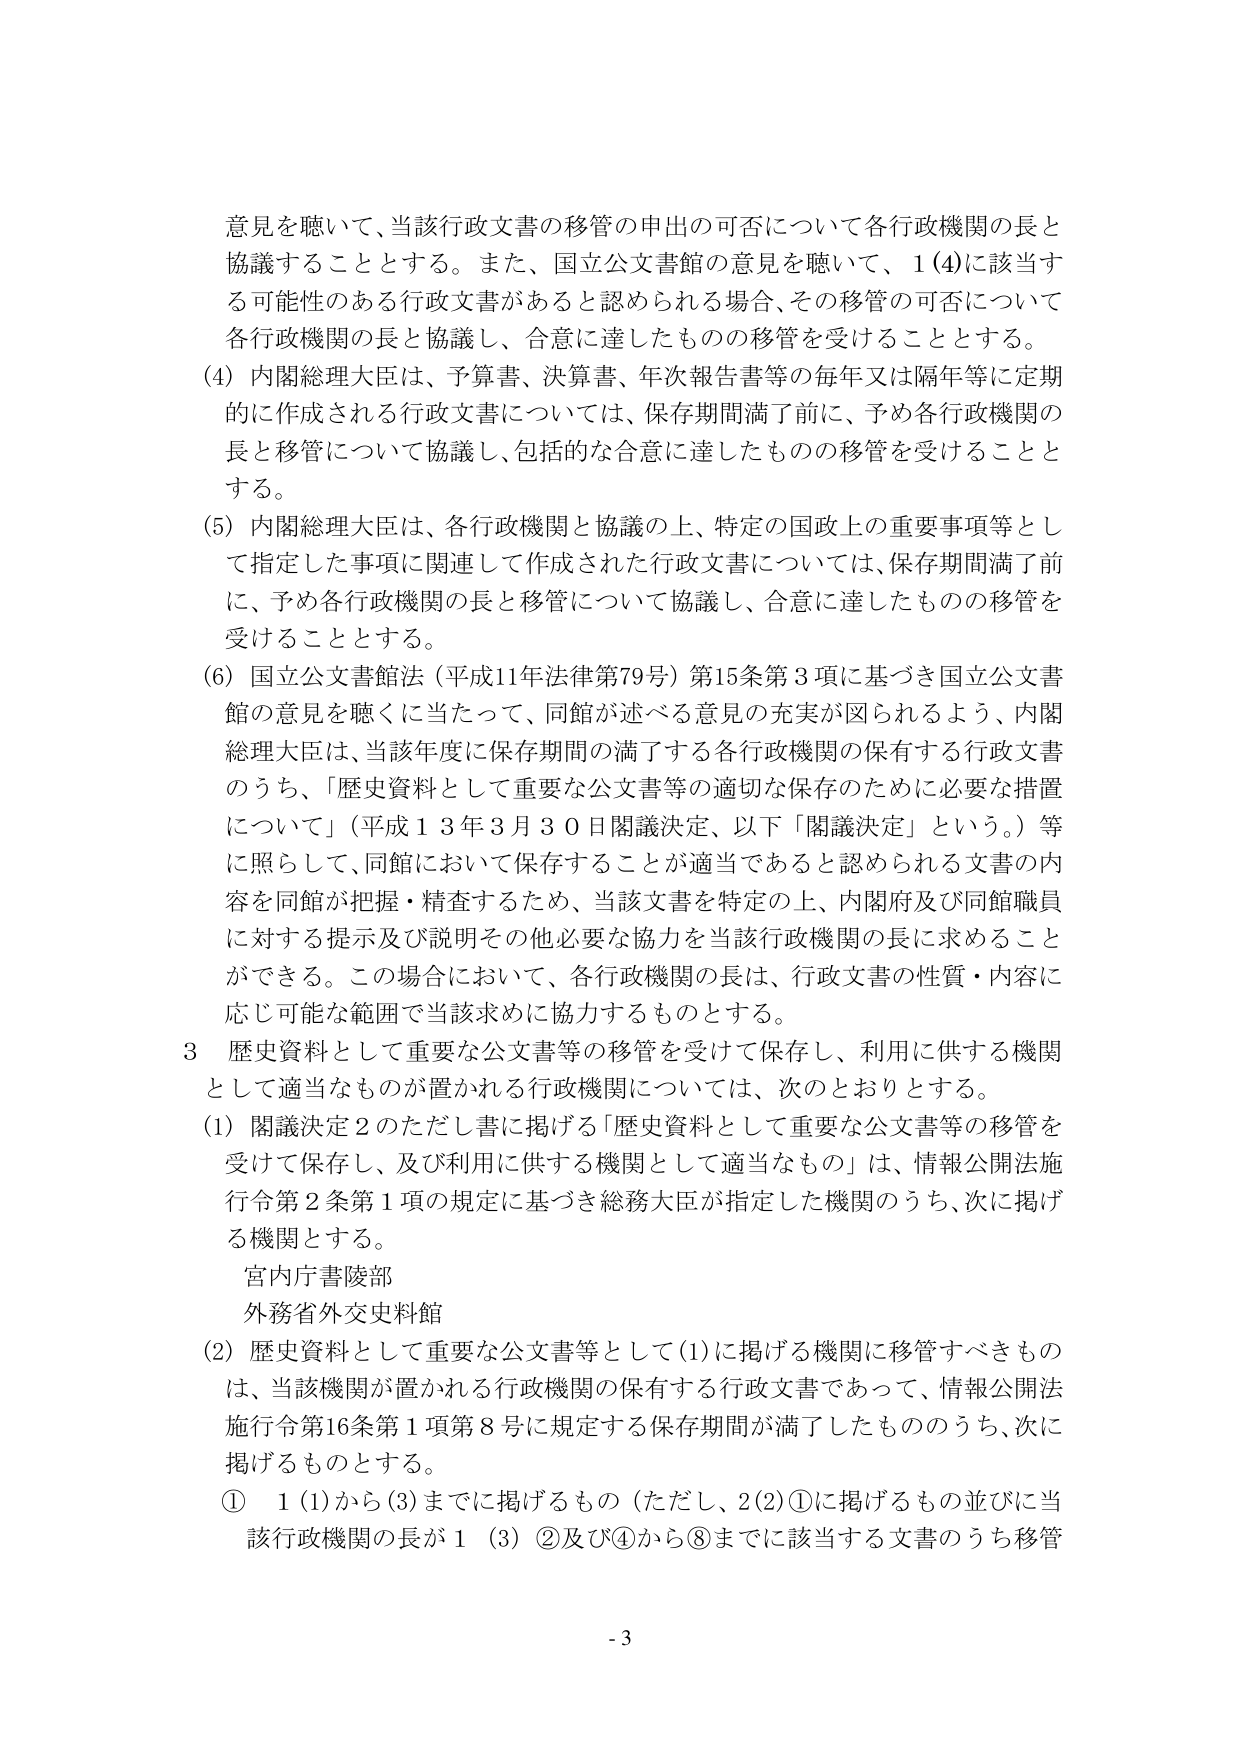
意見を聴いて、当該行政文書の移管の申出の可否について各行政機関の長と
協議することとする。また、国立公文書館の意見を聴いて、１(4)に該当す
る可能性のある行政文書があると認められる場合、その移管の可否について
各行政機関の長と協議し、合意に達したものの移管を受けることとする。
(4) 内閣総理大臣は、予算書、決算書、年次報告書等の毎年又は隔年等に定期
的に作成される行政文書については、保存期間満了前に、予め各行政機関の
長と移管について協議し、包括的な合意に達したものの移管を受けることと
する。
(5) 内閣総理大臣は、各行政機関と協議の上、特定の国政上の重要事項等とし
て指定した事項に関連して作成された行政文書については、保存期間満了前
に、予め各行政機関の長と移管について協議し、合意に達したものの移管を
受けることとする。
(6) 国立公文書館法（平成11年法律第79号）第15条第3項に基づき国立公文書
館の意見を聴くに当たって、同館が述べる意見の充実が図られるよう、内閣
総理大臣は、当該年度に保存期間の満了する各行政機関の保有する行政文書
のうち、「歴史資料として重要な公文書等の適切な保存のために必要な措置
について」（平成13年3月30日閣議決定、以下「閣議決定」という。）等
に照らして、同館において保存することが適当であると認められる文書の内
容を同館が把握・精査するため、当該文書を特定の上、内閣府及び同館職員
に対する提示及び説明その他必要な協力を当該行政機関の長に求めること
ができる。この場合において、各行政機関の長は、行政文書の性質・内容に
応じ可能な範囲で当該求めに協力するものとする。
3 歴史資料として重要な公文書等の移管を受けて保存し、利用に供する機関
として適当なもののが置かれる行政機関については、次のとおりとする。
(1) 閣議決定2のただし書に掲げる「歴史資料として重要な公文書等の移管を
受けて保存し、及び利用に供する機関として適当なもの」は、情報公開法施
行令第2条第1項の規定に基づき総務大臣が指定した機関のうち、次に掲げ
る機関とする。
宮内庁書陵部
外務省外交史料館
(2) 歴史資料として重要な公文書等として(1)に掲げる機関に移管すべきもの
は、当該機関が置かれる行政機関の保有する行政文書であって、情報公開法
施行令第16条第1項第8号に規定する保存期間が満了したものうち、次に
掲げるものとする。
① 1(1)から(3)までに掲げるものの（ただし、2(2)①に掲げるものの並びに当
該行政機関の長が1(3)②及び④から⑧までに該当する文書のうち移管
- 3